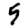
Digit: 5